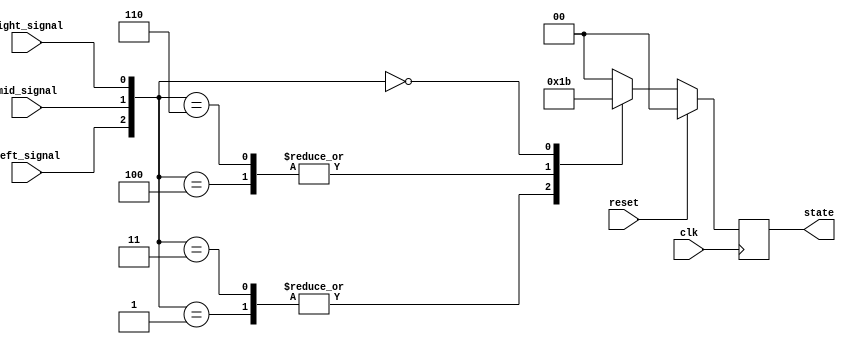
`timescale 1ns/1ps
module tracker_sensor(clk, reset, left_signal, right_signal, mid_signal, state);
    input clk;
    input reset;
    input left_signal, right_signal, mid_signal;
    output reg [1:0] state;

    // [TO-DO] Receive three signals and make your own policy.
    // Hint: You can use output state to change your action.
    
    wire [2:0] cur_sit;
    reg [1:0] next_state;
    parameter forward = 2'b00;
    parameter turn_right = 2'b01;
    parameter turn_left = 2'b10;
    parameter backward = 2'b11;
    
    assign cur_sit = {left_signal, mid_signal, right_signal};
    
    always @(posedge clk) begin
        if (reset) begin
            state <= 0;
        end else begin
            state <= next_state;
        end
    end
    
    always @(*) begin
        case (cur_sit) 
            3'b111 : next_state = forward;
            3'b001 : next_state = turn_right;
            3'b011 : next_state = turn_right;
            3'b100 : next_state = turn_left;
            3'b110 : next_state = turn_left;
            3'b000 : next_state = backward;
            default : next_state = forward;
        endcase
    end

endmodule